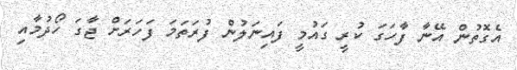
އެގޮތުން އޭނާ ފާހަގަ ކުރީ ގައުމީ ފައިނަލުން ފުރަތަމަ ފަހަރަށް ޖާގަ ހޯދުމާއި